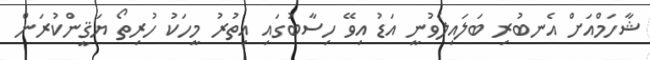
ޝާހަމްއަށް އެނބުރި ބަލައިލެވުނީ އަޑު އިވޭ ހިސާބުގައި އިތުރު މީހަކު ހުރިތޯ ޔަޤީންކުރަން